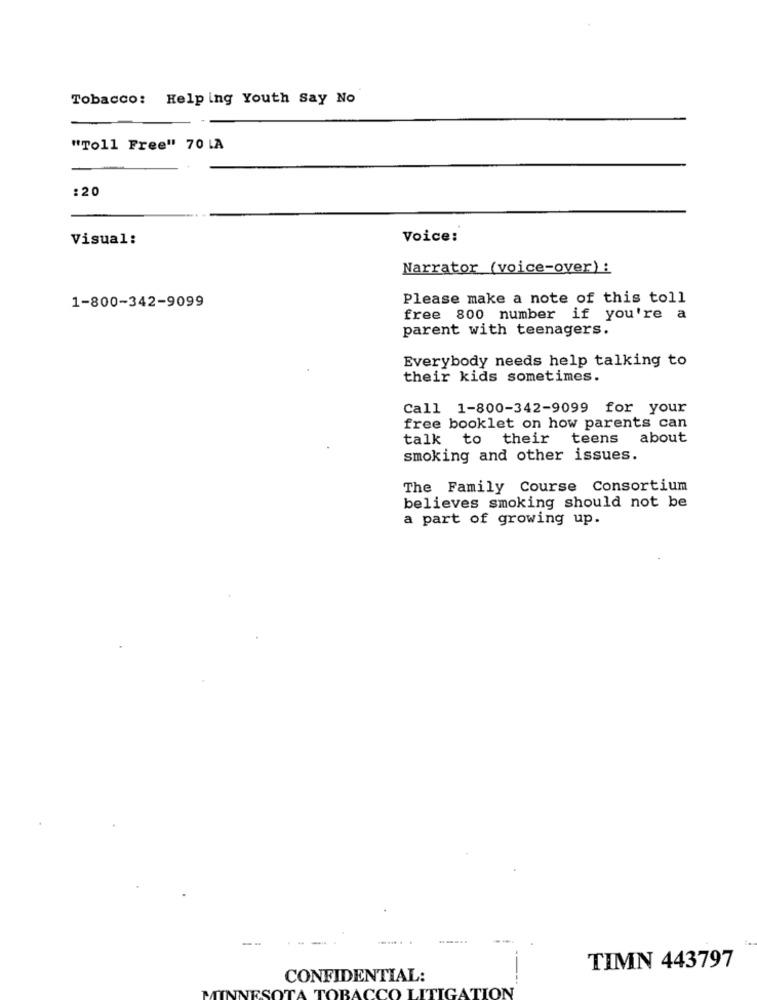
Tobacco: Helping Youth Say No
"Toll Free" 70 LA
: 20
Visual:
Voice:
Narrator (voice-over) :
1-800-342-9099
Please make a note of this toll
free 800 number if you're a
parent with teenagers.
Everybody needs help talking to
their kids sometimes.
Call 1-800-342-9099 for your
free booklet on how parents can
talk to their teens about
smoking and other issues.
The Family Course Consortium
believes smoking should not be
a part of growing up.
TIMN 443797
CONFIDENTIAL:
TOBACCO LITIGATION